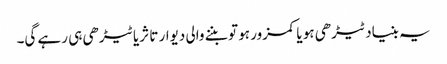
یہ بنیاد ٹیڑھی ہو یا کمزور ہو تو بننے والی دیوار تا ثریا ٹیڑھی ہی رہے گی۔